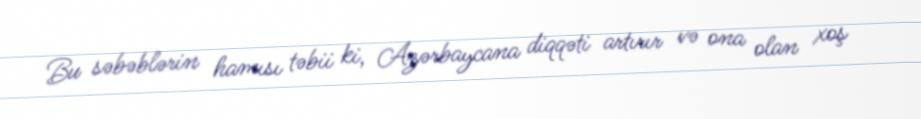
Bu səbəblərin hamısı təbii ki, Azərbaycana diqqəti artırır və ona olan xoş